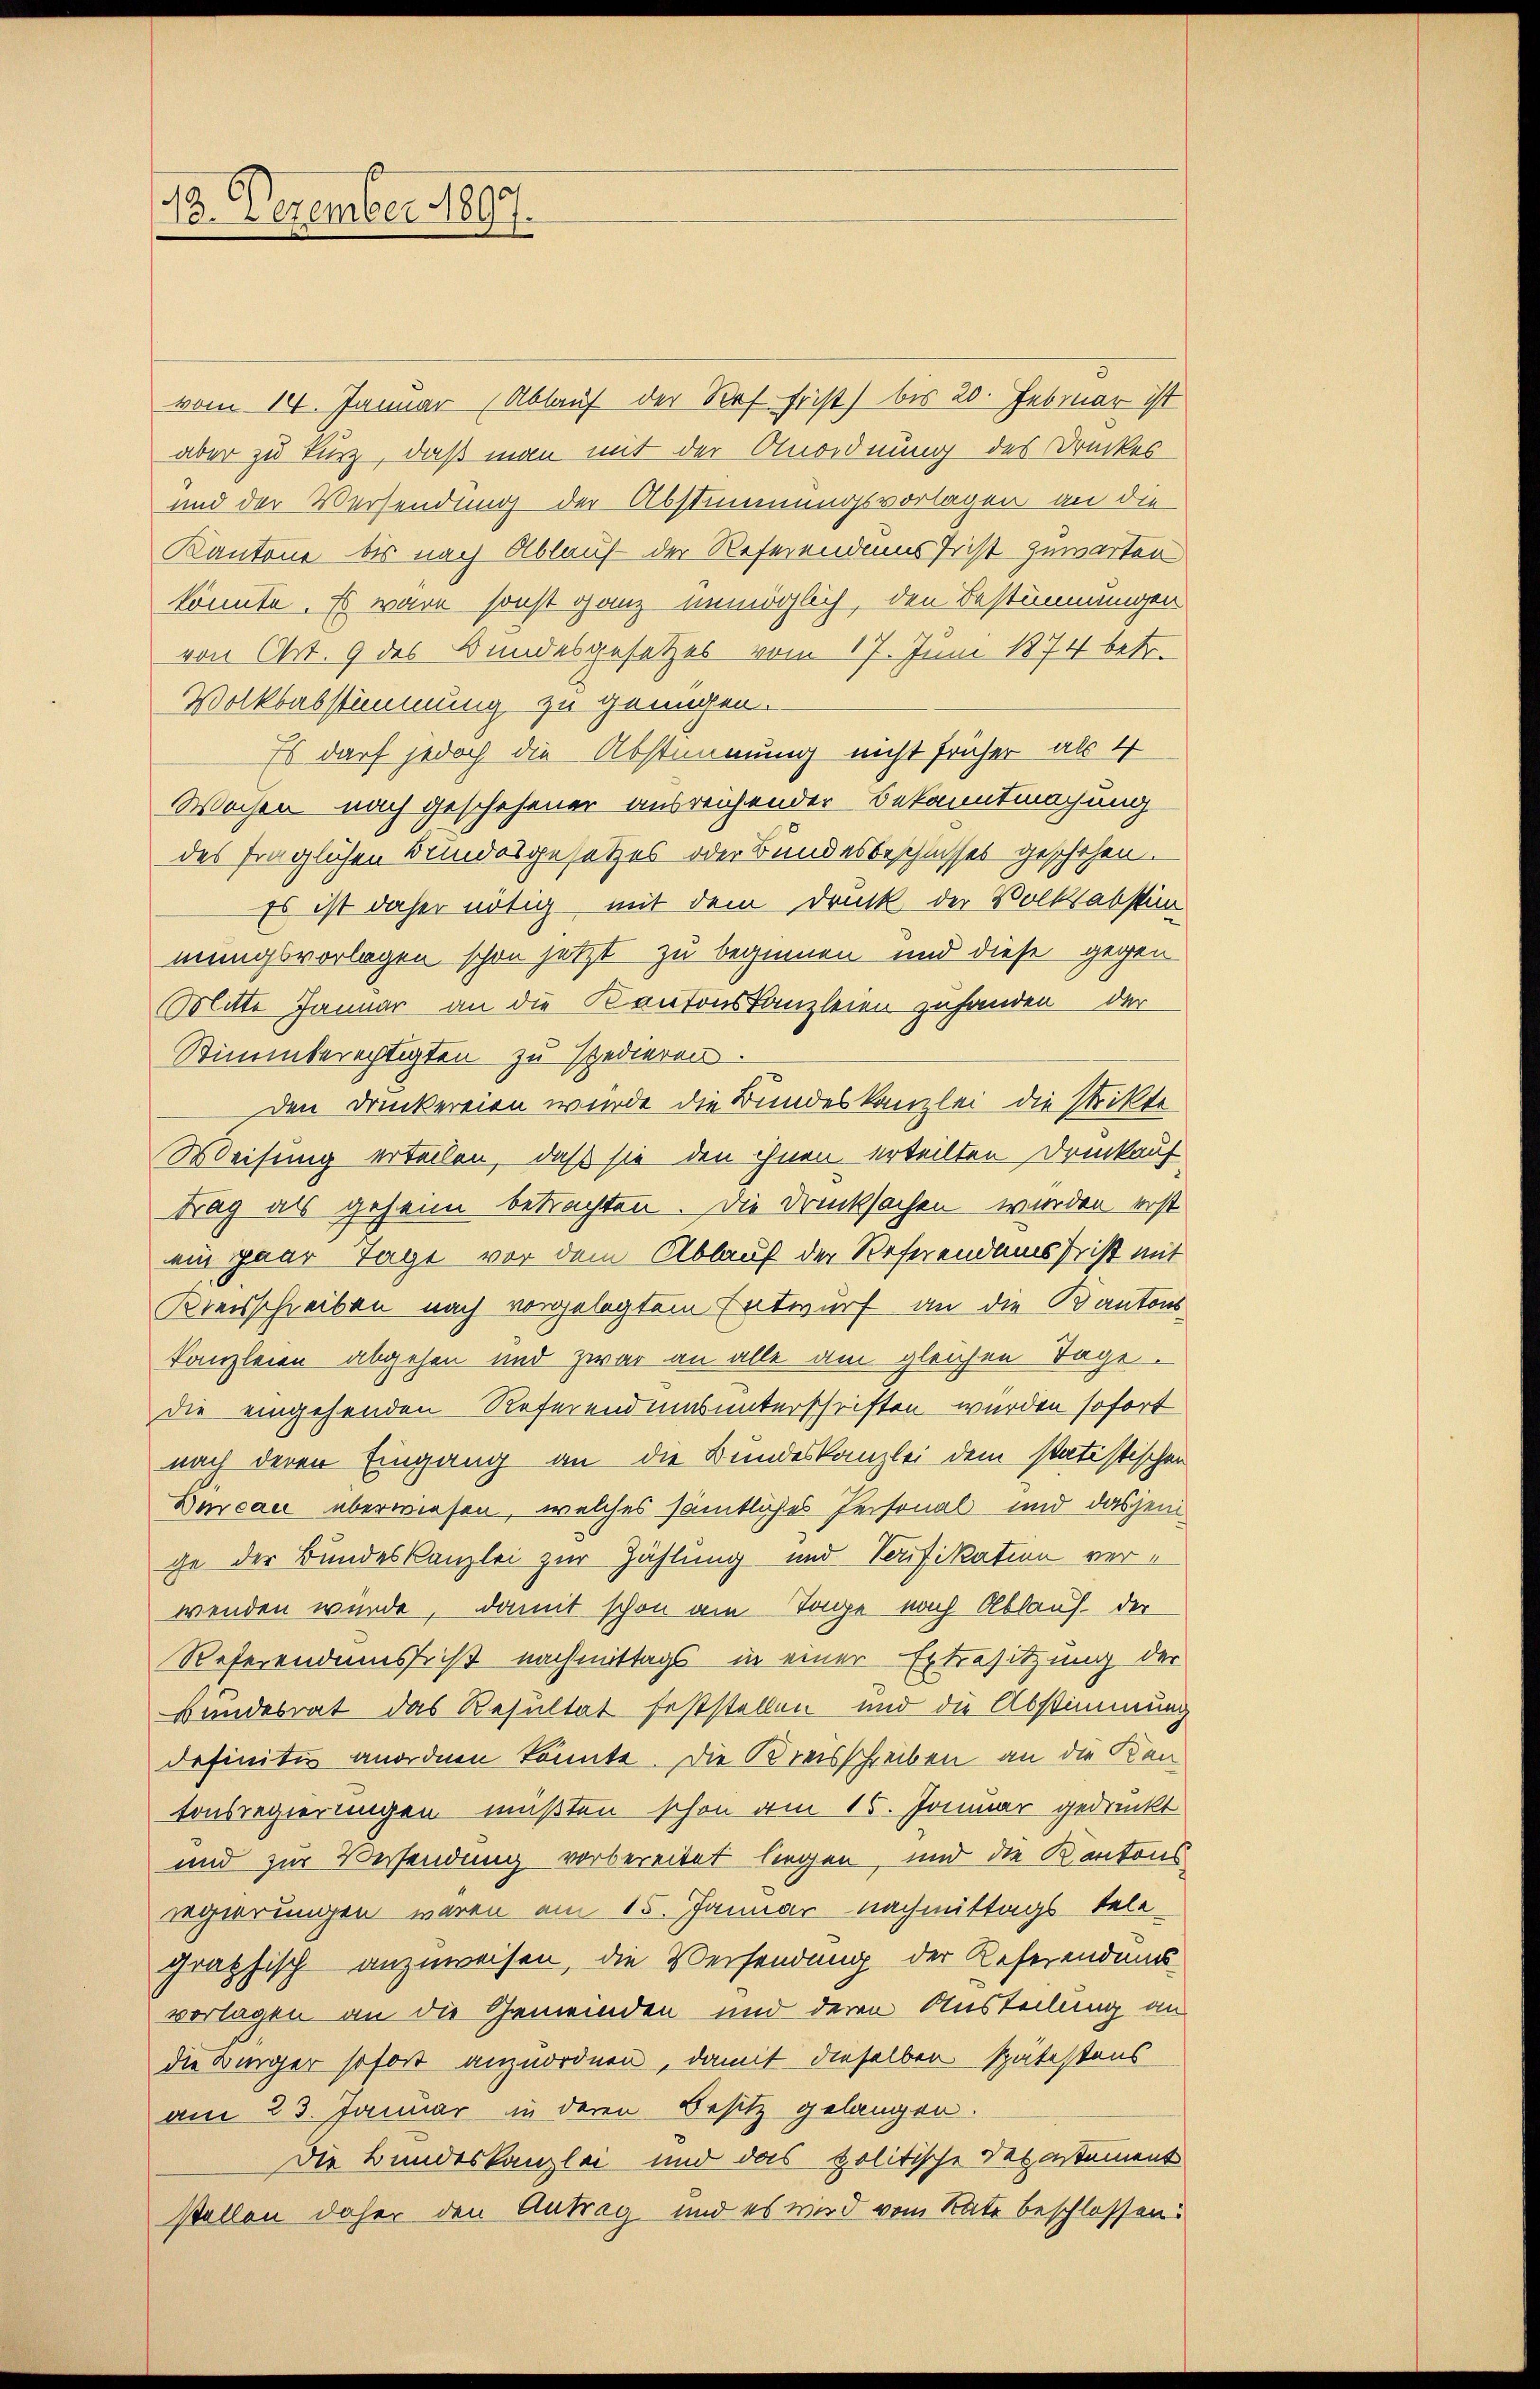
E
13. Dezember 1897.

vom 14. Januar Ablauf der Ref Frist) bis 20. Februar ist
aber zu kurz, daß man mit der Anordnung des Druckes
und der Versendung der Abstimmungsvorlagen an die
Kantone bis nach Ablauf der Referendens Frist zuwarten
könnte. Es wäre sonst ganz unmöglich, den Bestimmungen
von Art. 9 des Bundesgesetzes vom 17. Juni 1874 betr.
Volksabstimmung zu genügen.
Es darf jedoch die Abstimmung nicht früher als 4
Wochen nach geschehener ausreichender Bekanntmachung
des fraglichen Kindesgesetzes oder Bundesbeschlusses geschehen.
Es ist daher nötig mit dem Druck der Volksabstim
mungsvorlagen schon jetzt zu beginnen und diese gegen
Mitte Januar an die Kantonskanzleien zuhanden der
Stimmberechtigten zu spedieren.
Den Druckereien wurde die Bundeskanzlei die Strikte
Weisung erteilen, daß sie den ihnen erteilten Drenkauf
trag als geheim betrachten. Die Drucksachen wurden erst
ein paar Tage vor dem Ablauf der Referendans Frist mit
Kreisschreiben nach vorgelegtem Entwurf an die Kantonskanzleien abgehen und zwar an alle am gleichen Tage.
die eingehenden Referend insunterschriften wurden sofort
nach deren Eingang an die Bundeskanzlei dem statistischen
Decan überwiesen, welches sämtliches Personal und dasjenige der Bundeskanzlei zur Zählung und Sonifikation verwenden würde, damit schon am Tage nach Ablauf der
Referendums ist nachmittags in einer Erbresitzung der
Bundesrat das Resultat feststellen und die Abstimmung
definitiv anordnen könnte. Die Kreisschreiben an die Kantonsregierungen mußten schon am 15. Januar gedruckt
und zur Versendung vorbereitet siegen, und die Kantons
regierungen waren am 15. Januar nachmittags tele-
graphisch anzuweisen, die Versendung der Referendans
vorlagen an die Gemeinden und deren Austeilung an
die Bürger sofort anzuordnen, damit dieselben spätestens
am 23. Januar in deren Besitz gelangen.
Die Bundeskanzlei und das politische Departement
stellen daher den Antrag und es wird vom Rate beschlossen: